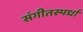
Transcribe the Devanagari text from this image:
संगीतस्पर्धा